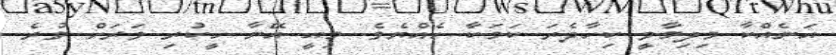
އަނެއްކާ މިދިމާވީ ކިހާދެރަ ކަމަކާ ހެއްޔެވެ. މިއީ އޭނާ ހީކުރި ވަރަށް ވުރެ